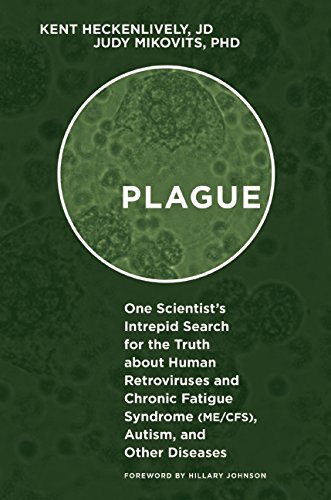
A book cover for Plague: One ScientistEEs Intrepid Search for the Truth about Human Retroviruses and Chronic Fatigue Syndrome (ME/CFS), Autism, and Other Diseases; Kent Heckenlively; Parenting & Relationships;